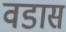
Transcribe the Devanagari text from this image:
वडास